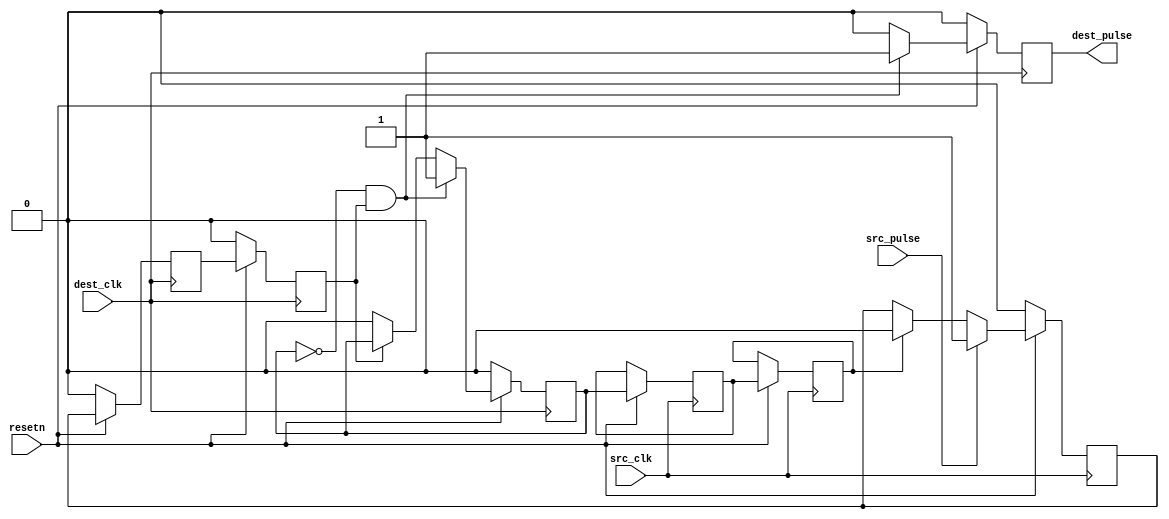

//`define USE_XPM
module pulse_cdc (
    input  resetn,
    input  src_clk,
    input  dest_clk,
    input  src_pulse,
    output dest_pulse
);


`ifdef USE_XPM
  xpm_cdc_pulse #(
      .DEST_SYNC_FF  (4),  // DECIMAL; range: 2-10
      .INIT_SYNC_FF  (0),  // DECIMAL; 0=disable simulation init values, 1=enable simulation init values
      .REG_OUTPUT    (0),  // DECIMAL; 0=disable registered output, 1=enable registered output
      .RST_USED      (0),  // DECIMAL; 0=no reset, 1=implement reset
      .SIM_ASSERT_CHK(0)   // DECIMAL; 0=disable simulation messages, 1=enable simulation messages
  ) xpm_cdc_pulse_inst (
      .dest_pulse(dest_pulse),  // 1-bit output: Outputs a pulse the size of one dest_clk period when a pulse
                                // transfer is correctly initiated on src_pulse input. This output is
                                // combinatorial unless REG_OUTPUT is set to 1.

      .dest_clk (dest_clk),  // 1-bit input: Destination clock.
      .src_clk  (src_clk),   // 1-bit input: Source clock.
      .src_pulse(src_pulse)  // 1-bit input: Rising edge of this signal initiates a pulse transfer to the
                             // destination clock domain. The minimum gap between each pulse transfer must be
                             // at the minimum 2*(larger(src_clk period, dest_clk period)). This is measured
                             // between the falling edge of a src_pulse to the rising edge of the next
                             // src_pulse. This minimum gap will guarantee that each rising edge of src_pulse
                             // will generate a pulse the size of one dest_clk period in the destination
                             // clock domain. When RST_USED = 1, pulse transfers will not be guaranteed while
                             // src_rst and/or dest_rst are asserted.

  );


`else
  wire in;
  reg  out;
  reg in_req, in_req_sync0, in_req_sync1;
  reg out_ack, out_ack_sync0, out_ack_sync1;

  assign in = src_pulse;
  assign dest_pulse = out;

  always @(posedge dest_clk) begin
    if (~resetn) begin
      in_req_sync0 <= 0;
      in_req_sync1 <= 0;
      out_ack <= 0;
      out <= 0;
    end else begin
      in_req_sync0 <= in_req;
      in_req_sync1 <= in_req_sync0;
      if (~out_ack & in_req_sync1) begin
        out_ack <= 1;
        out <= 1;
      end else if (~in_req_sync1) begin
        out_ack <= 0;
        out <= 0;
      end else begin
        out_ack <= out_ack;
        out <= 0;
      end
    end
  end

  always @(posedge src_clk) begin
    if (~resetn) begin
      in_req <= 0;
    end else begin
      out_ack_sync0 <= out_ack;
      out_ack_sync1 <= out_ack_sync0;
      if (in) begin
        in_req <= 1;
      end else if (out_ack_sync1) begin
        in_req <= 0;
      end else begin
        in_req <= in_req;
      end
    end
  end


`endif

endmodule